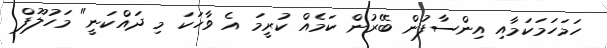
ހަމަހަމަކަމާއި އިންސާފުން ބޭރުން ކަމެއް ކުރީމަ އެ ވާހަކަ މި ދައްކަނީ" މަހުލޫފް